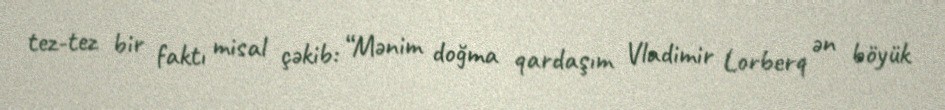
tez-tez bir faktı misal çəkib: “Mənim doğma qardaşım Vladimir Lorberq ən böyük